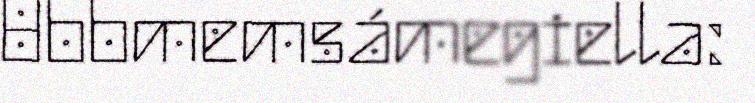
Ubbmemsámegiella: